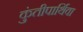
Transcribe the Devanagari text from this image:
कुंतीपार्थिवा